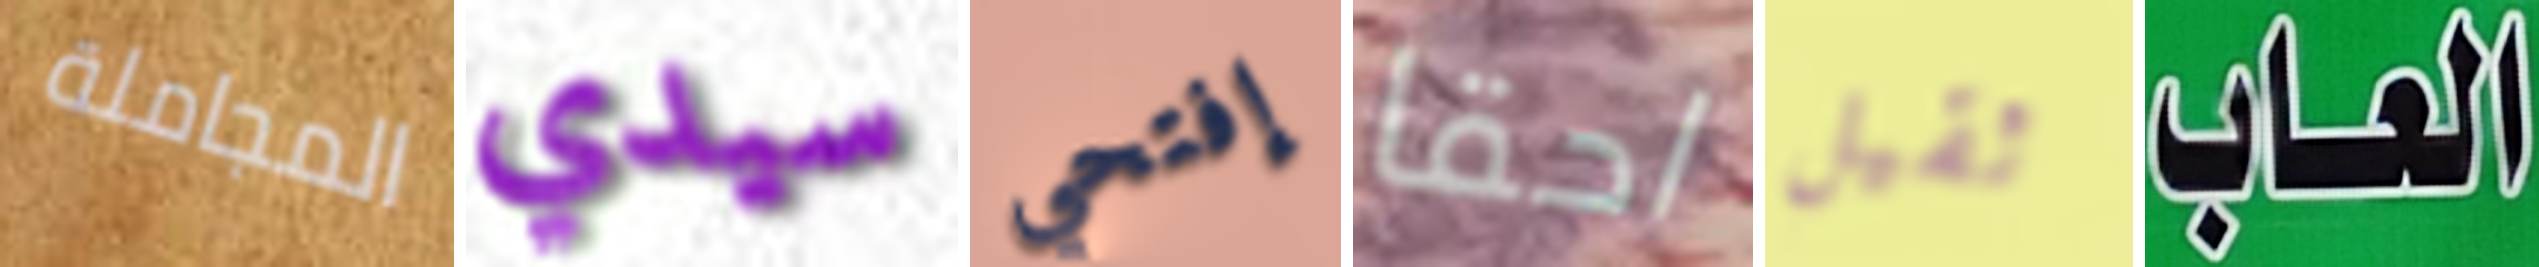
المجاملة سيدي إفتحي احقا ثقيل العاب